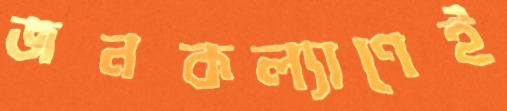
জনকল্যাণেই